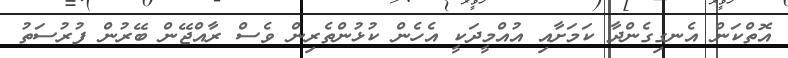
އޮތްކަން އެނގިގެންދާ ކަމަށާއި އުއްމީދަކީ އެހެން ކުޅުންތެރިން ވެސް ރާއްޖޭން ބޭރުން ފުރުސަތު